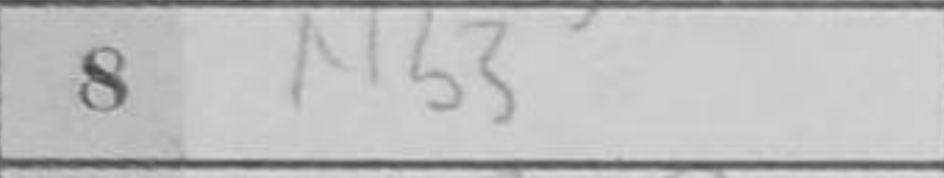
Transcription: Nb3